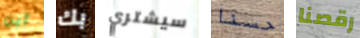
أين بك سيشتري حسنا رقصنا